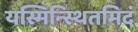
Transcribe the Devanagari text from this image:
यस्मिन्स्थितमिदं